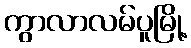
ကွာလာလမ်ပူမြို့